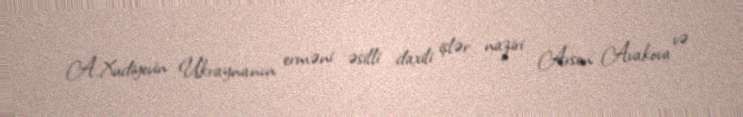
A.Xudiyevin Ukraynanın erməni əsilli daxili işlər naziri Arsen Avakova və